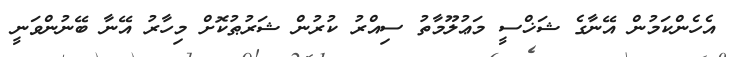
އެހެންކަމުން އޭނާގެ ޝަޚްސީ މަޢުލޫމާތު ސިއްރު ކުރުން ޝަރުޠުކޮށް މިހާރު އޭނާ ބޭނުންވަނީ